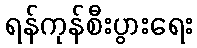
ရန်ကုန်စီးပွားရေး